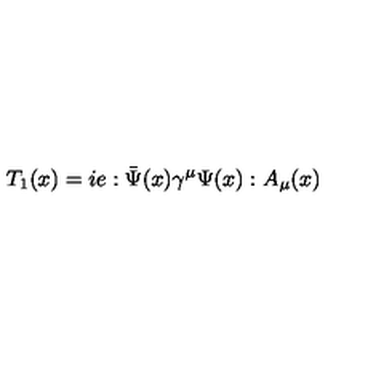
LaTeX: T _ { 1 } ( x ) = i e : \bar { \Psi } ( x ) \gamma ^ { \mu } \Psi ( x ) : A _ { \mu } ( x )